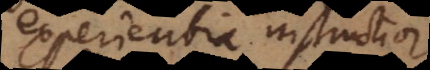
experientia instructior